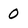
Character: 0